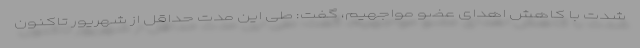
شدت با کاهش اهدای عضو مواجهیم، گفت: طی این مدت حداقل از شهریور تاکنون